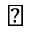
\natural